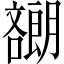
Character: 𡂯